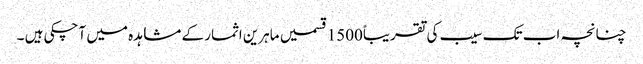
چنانچہ اب تک سیب کی تقریباً1500قسمیں ماہرین اثمار کے مشاہدہ میں آچکی ہیں ۔